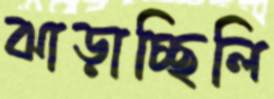
ঝাড়াচ্ছিলি